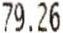
79.26